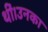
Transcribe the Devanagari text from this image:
थीं।उनका